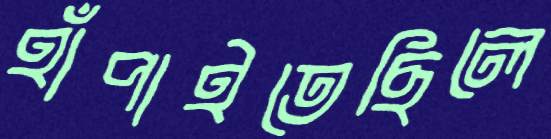
হাঁপাইতেছিলে